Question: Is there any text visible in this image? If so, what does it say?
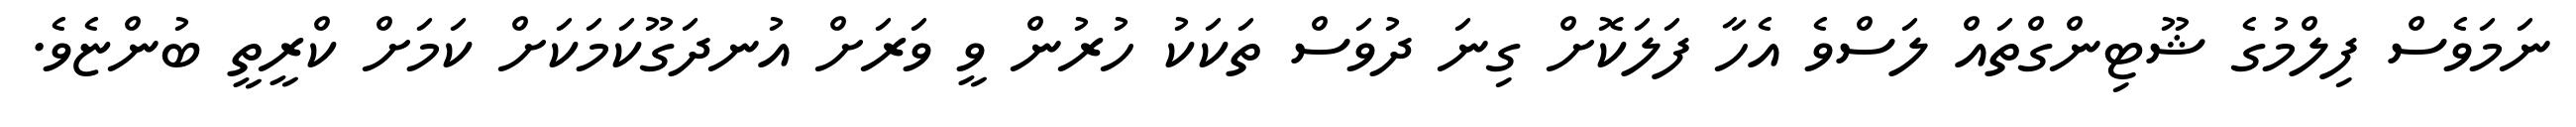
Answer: ނަމަވެސް ފިލްމުގެ ޝޫޓިންގްތައް ލަސްވެ އެހާ ފަލަކޮށް ގިނަ ދުވަސް ތަކަކު ހުރުން ވީ ވަރަށް އުނދަގޫކަމަކަށް ކަމަށް ކްރީތީ ބުންޏެވެ.